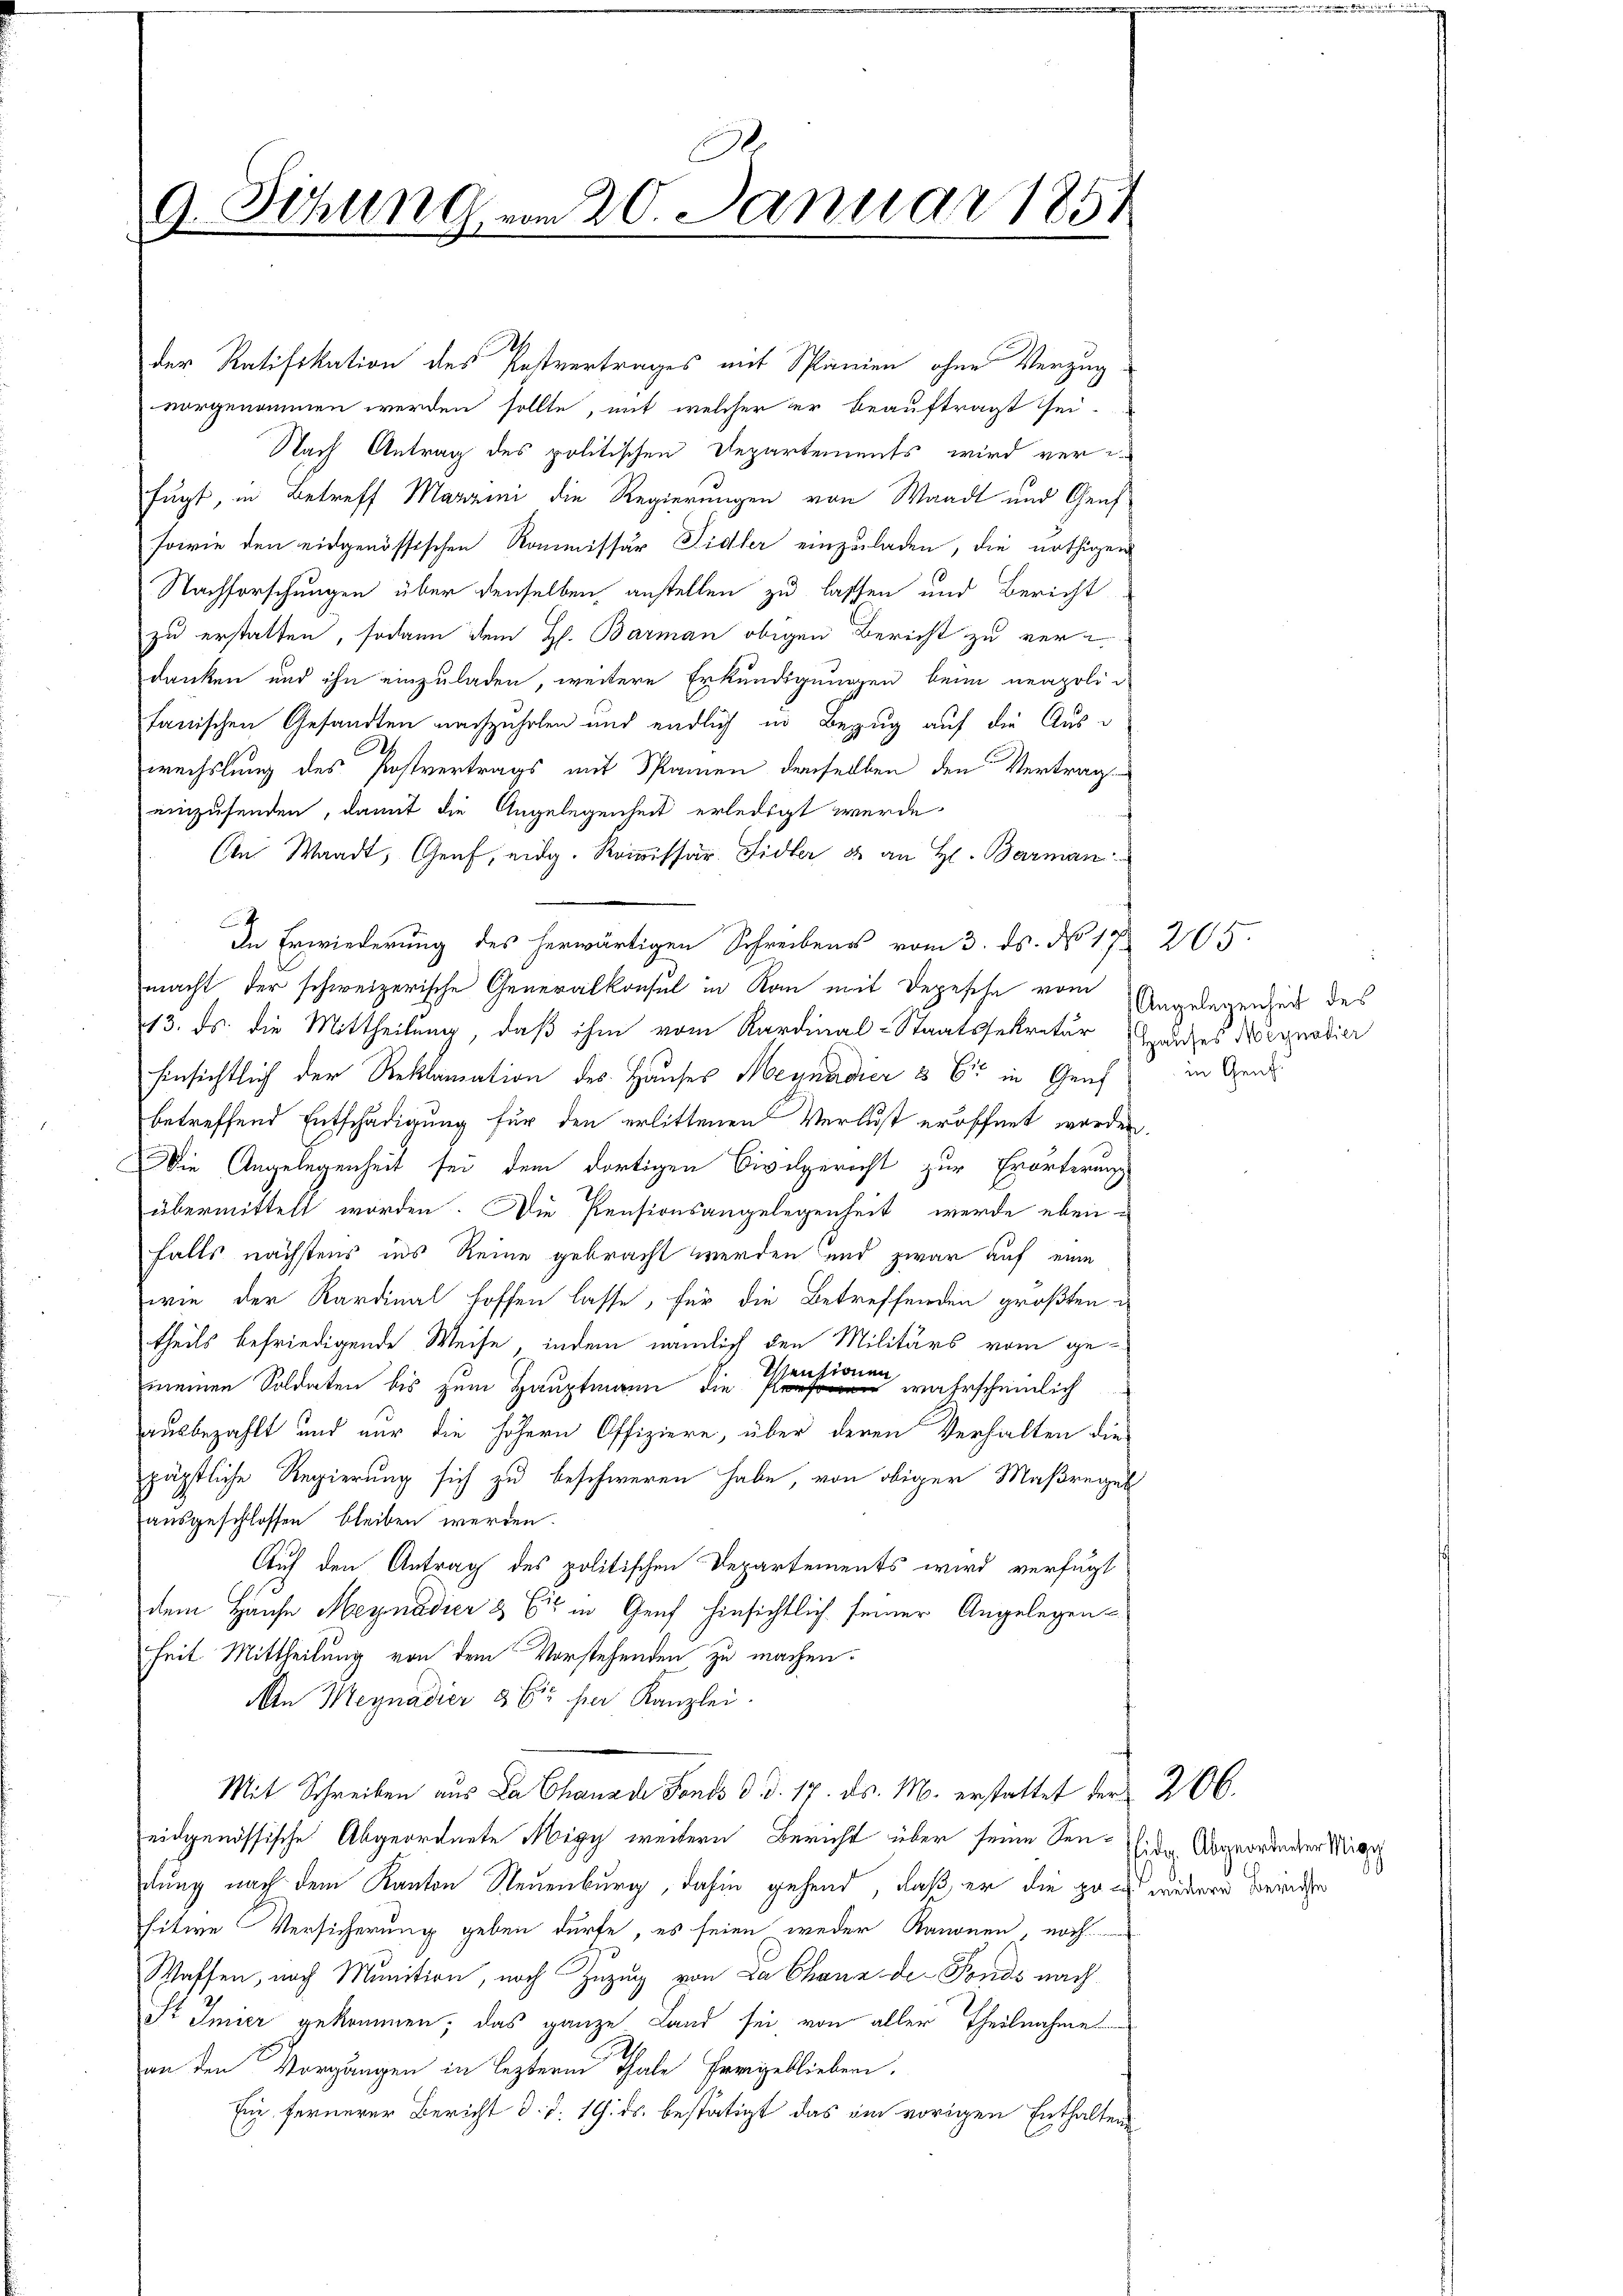
0
9. Sitzung vom 20. Januar 1854

der Ratifikation des Postvertrages mit Spanien ohne Verzug
vorgenommen werden sollte, mit welcher er beauftragt sei.
Nach Antrag des politischen Departements wird ver-
fugt, in Betreff Martini die Regierungen von Waadt und Genf
sowie den eidgenössischen Kommissär Sidler einzuladen, die nöthigen
Nachforschungen über denselben anstellen zu lassen und Bericht
zu erstatten, sodann dem H. Barman obigen Bericht zu ver-
danken und ihn einzuladen, weitere Erkundigungen beim neapoli
tanischen Gesandten nachzuholen und endlich in Bezug auf die Auswechslung des Postvertrags mit Spanien demselben den Vertrag
einzusenden, damit die Angelegenheit erledigt werde.
in Waadt, Genf, eidg. Romissar. Sidler & an H. Barman
x
In Erwiederung des herwärtigen Schreibens vom 3. ds. No 17. 265.
macht der schweizerische Generalkonsul in Kan mit Degesehe vom Angelegenheit des
13. ds. die Mittheilung, daß ihm vom Kardinal-Staatssekretär Grauses Wegnadier
hinsichtlich der Reklamation des Hauses Meynadier & Er in Genf in Gene
betreffend Entschädigung für den erlittenen Verlust eröffnet worden.
Die Angelegenheit sei dem dortigen Civilgericht zur Erörterung
übermittelt worden. Die Pensionsangelegenheit werde ebenfalls nächstens ins Reine gebracht werden und zwar auf eine
wie der Kardinal hoffen lasse, für die Betreffenden größten
theils befriedigende Weise, indem nämlich den Militärs vom gedien
Hauch
meinen Soldaten bis zum Hauptmann die
n
wahrscheinlich
ausbezahlt und nur die höhern Offiziere, über deren Verhalten die
päpstliche Regierung sich zu beschweren habe, von obiger Maßregel
ausgeschlossen bleiben werden.
Auf den Antrag des politischen Departements wird verfügt
dem Hause Meynadier & Cie in Genf hinsichtlich seiner Angelegen-
heit Mittheilung von dem Vorstehenden zu machen.
An Megnadier & Cie per Kanzlei.
Mit Schreiben aus La Chanade Fonds d. d. 17. ds. M. erstattet der 206.
eidgenössische Abgeordnete Migy weitern Bericht über seine Sen-. der Abgeordenen Mig
ung nach dem Kanton Neuenburg, dahin gehend, daß er die zog wedere Bemühe
hitwe Versicherung geben dürfe, es seien weder Kanonen, noch
Waffen, nach Munition, nach Zuzug von Da Chanz der Fonds nach
St Imier gekommen; das ganze Land sei, von aller Theilnahme
an den Vorgängen in leztere Thale Ereigeblieben.
Ein fernerer Bericht d. d. 19. ds. bestätigt das ein vorigen Enthalten